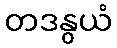
တဒနွယံ